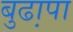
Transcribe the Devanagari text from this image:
बुढा़पा